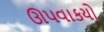
ઊપવાકયો